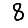
Digit: 8